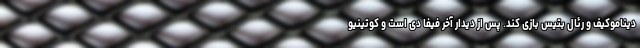
دیناموکیف و رئال بتیس بازی کند. پس از دیدار آخر فیفا دی است و کوتینیو